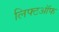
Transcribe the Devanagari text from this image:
लिफ्टऑफ